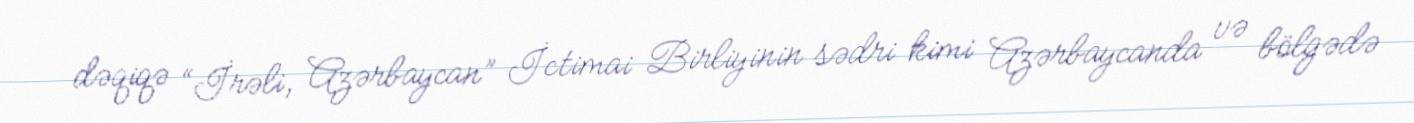
dəqiqə “İrəli, Azərbaycan” İctimai Birliyinin sədri kimi Azərbaycanda və bölgədə